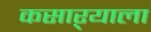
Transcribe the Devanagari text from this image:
कसाऱ्याला